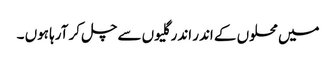
میں محلوں کے اندر اندر گلیوں سے چل کر آرہا ہوں ۔